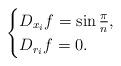
LaTeX: \begin{align*}\begin{cases}D_{x_i}f=\sin \frac{\pi}{n},\\D_{r_i}f=0.\end{cases}\end{align*}